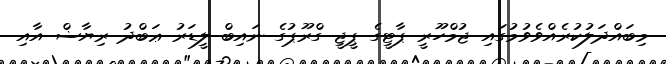
މިބައްދަލުކުރެއްވެވުމުގައި ޖުމްހޫރީ ޕާޓީގެ ޕީޖީ ގްރޫޕުގެ ނައިބް ލީޑަރު ޢަބްދު ރިޔާޟް އާއި